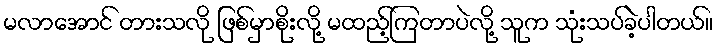
မလာအောင် တားသလို ဖြစ်မှာစိုးလို့ မထည့်ကြတာပဲလို့ သူက သုံးသပ်ခဲ့ပါတယ်။